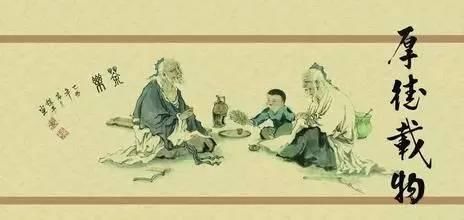
莫嫌举世无知己，未有庸人不忌才。